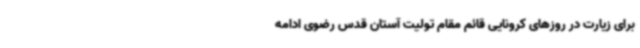
برای زیارت در روزهای کرونایی قائم‌ مقام تولیت آستان قدس رضوی ادامه